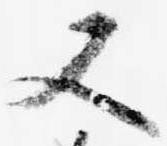
又